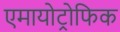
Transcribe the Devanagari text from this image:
एमायोट्रोफिक